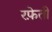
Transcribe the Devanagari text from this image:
रफे़ती